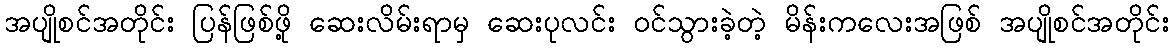
အပျိုစင်အတိုင်း ပြန်ဖြစ်ဖို့ ဆေးလိမ်းရာမှ ဆေးပုလင်း ဝင်သွားခဲ့တဲ့ မိန်းကလေးအဖြစ် အပျိုစင်အတိုင်း